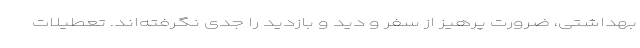
بهداشتی، ضرورت پرهیز از سفر و دید و بازدید را جدی نگرفته‌اند. تعطیلات